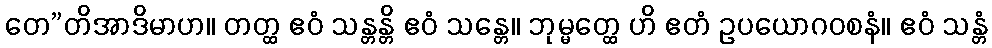
တေ”တိအာဒိမာဟ။ တတ္ထ ဧဝံ သန္တန္တိ ဧဝံ သန္တေ။ ဘုမ္မတ္ထေ ဟိ ဧတံ ဥပယောဂဝစနံ။ ဧဝံ သန္တံ